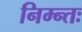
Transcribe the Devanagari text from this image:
निम्न्तः